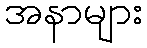
အနာများ